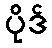
ပိုဒ်